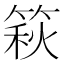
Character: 篍